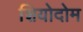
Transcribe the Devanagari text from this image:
शियोदोम